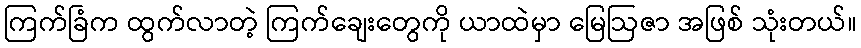
ကြက်ခြံက ထွက်လာတဲ့ ကြက်ချေးတွေကို ယာထဲမှာ မြေဩဇာ အဖြစ် သုံးတယ်။